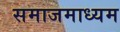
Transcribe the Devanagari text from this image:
समाजमाध्यम